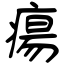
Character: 瘍